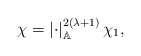
\begin{align*}\chi=\left|\cdot\right|_{\mathbb{A}}^{2(\lambda+1)}\chi_1,\end{align*}